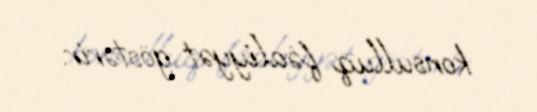
konsulluq fəaliyyət göstərir.